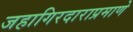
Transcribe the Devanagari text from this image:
जहागिरदाराप्रमाणे